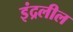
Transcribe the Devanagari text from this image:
इंद्रलील